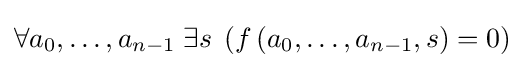
\forall a_{0},\dots ,a_{n-1}\;\exists s\;\left(f\left(a_{0},\dots ,a_{n-1},s\right)=0\right)